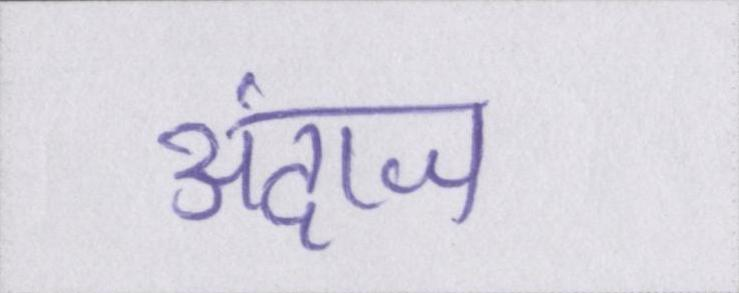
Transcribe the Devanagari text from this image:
अंदाज